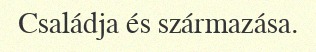
Családja és származása.